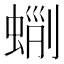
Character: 𧌵